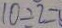
1 0 \div 2 =